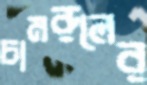
চামরুলের